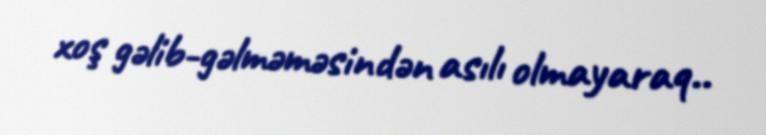
xoş gəlib-gəlməməsindən asılı olmayaraq..